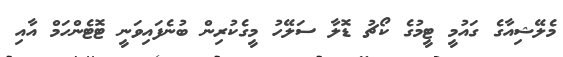
މެލޭޝިއާގެ ގައުމީ ޓީމުގެ ކޯޗު ޑޮލާ ސަލޭހު މީގެކުރިން ބުނެފައިވަނީ ޓޮޓެންހަމް އާއި